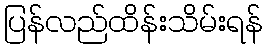
ပြန်လည်ထိန်းသိမ်းရန်